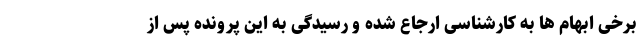
برخی ابهام ها به کارشناسی ارجاع شده و رسیدگی به این پرونده پس از